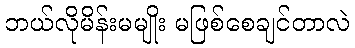
ဘယ်လိုမိန်းမမျိုး မဖြစ်စေချင်တာလဲ